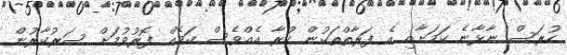
ހުރަސް ނާޅާނެ ކަމަށާއި އެ ފަރާތްތަކުން ކުރާ އެއްވެސް ކަމެއް ފޮރުވުމަށް ސަރުކާރުން